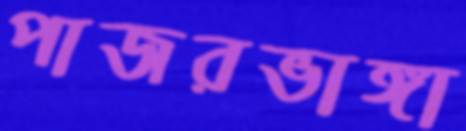
পাজরভাঙ্গা